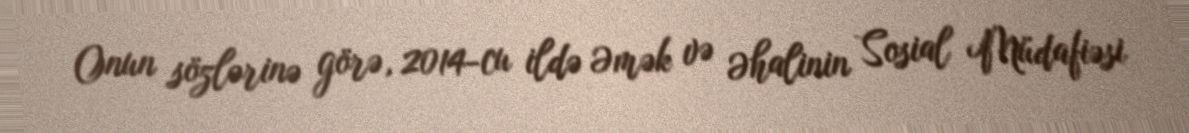
Onun sözlərinə görə, 2014-cu ildə Əmək və Əhalinin Sosial Müdafiəsi